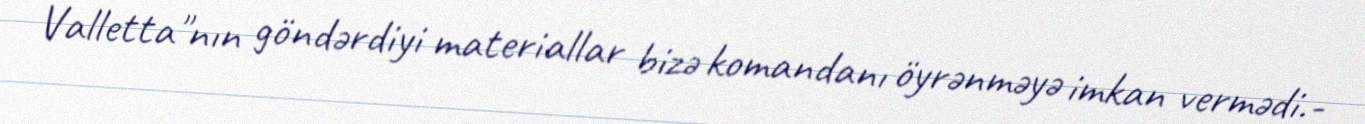
Valletta"nın göndərdiyi materiallar bizə komandanı öyrənməyə imkan vermədi.-